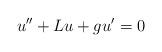
LaTeX: \begin{align*}u'' + L u + g u' = 0\end{align*}